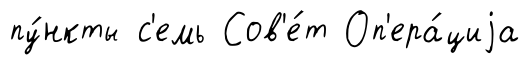
пу́нкты с'емь Сов'е́т Оп'ера́циjа